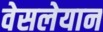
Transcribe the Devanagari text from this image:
वेसलेयान